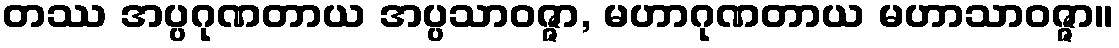
တဿ အပ္ပဂုဏတာယ အပ္ပသာဝဇ္ဇာ, မဟာဂုဏတာယ မဟာသာဝဇ္ဇာ။